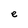
Character: e